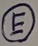
Text: E